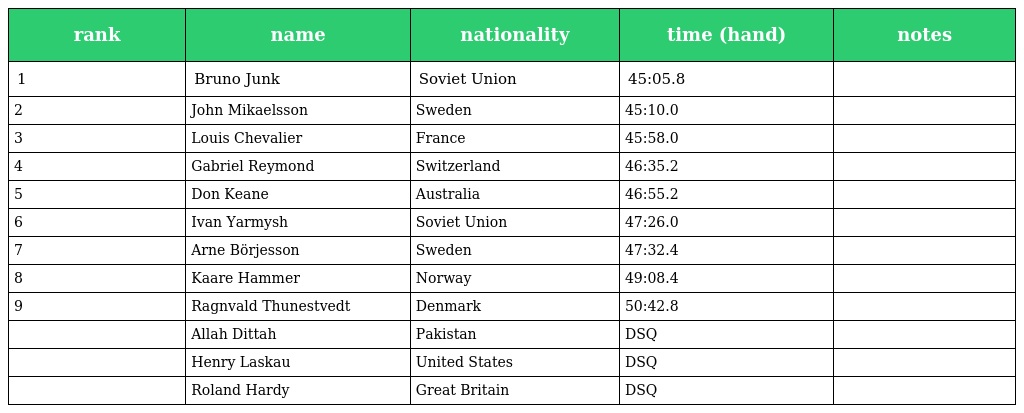
| rank | name | nationality | time (hand) | notes |
 | --- | --- | --- | --- | --- |
 | 1 | Bruno Junk | Soviet Union | 45:05.8 |  |
 | 2 | John Mikaelsson | Sweden | 45:10.0 |  |
 | 3 | Louis Chevalier | France | 45:58.0 |  |
 | 4 | Gabriel Reymond | Switzerland | 46:35.2 |  |
 | 5 | Don Keane | Australia | 46:55.2 |  |
 | 6 | Ivan Yarmysh | Soviet Union | 47:26.0 |  |
 | 7 | Arne Börjesson | Sweden | 47:32.4 |  |
 | 8 | Kaare Hammer | Norway | 49:08.4 |  |
 | 9 | Ragnvald Thunestvedt | Denmark | 50:42.8 |  |
 |  | Allah Dittah | Pakistan | DSQ |  |
 |  | Henry Laskau | United States | DSQ |  |
 |  | Roland Hardy | Great Britain | DSQ |  |